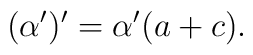
(\alpha ')' = \alpha ' (a+c) .